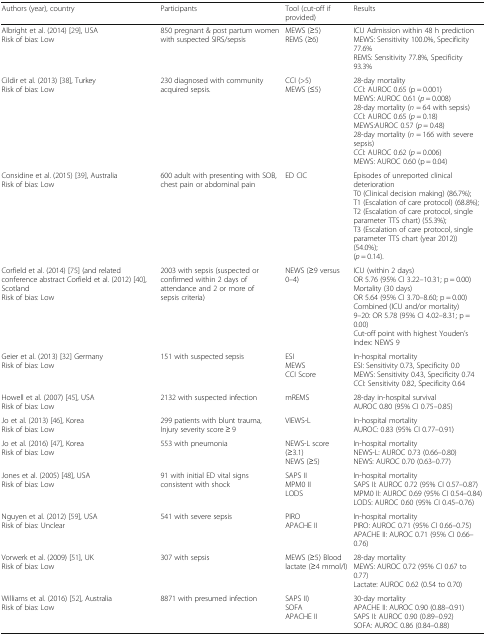
<table><thead><tr><td><b>Authors (year), country</b></td><td><b>Participants</b></td><td><b>Tool (cut-off if provided)</b></td><td><b>Results</b></td></tr></thead><tbody><tr><td>Albright et al. (2014) [29], USARisk of bias: Low</td><td>850 pregnant &amp; post partum women with suspected SIRS/sepsis</td><td>MEWS (≥5)REMS (≥6)</td><td>ICU Admission within 48 h predictionMEWS: Sensitivity 100.0%, Specificity 77.6%REMS: Sensitivity 77.8%, Specificity 93.3%</td></tr><tr><td>Cildir et al. (2013) [38], TurkeyRisk of bias: Low</td><td>230 diagnosed with community acquired sepsis.</td><td>CCI (&gt;5)MEWS (≤5)</td><td>28-day mortalityCCI: AUROC 0.65 (p = 0.001)MEWS: AUROC 0.61 (<i>p</i> = 0.008)28-day mortality (<i>n</i> = 64 with sepsis)CCI: AUROC 0.65 (<i>p</i> = 0.18)MEWS:AUROC 0.57 (<i>p</i> = 0.48)28-day mortality (<i>n</i> = 166 with severe sepsis)CCI: AUROC 0.62 (<i>p</i> = 0.006)MEWS: AUROC 0.60 (p = 0.04)</td></tr><tr><td>Considine et al. (2015) [39], AustraliaRisk of bias: Low</td><td>600 adult with presenting with SOB, chest pain or abdominal pain</td><td>ED CIC</td><td>Episodes of unreported clinical deteriorationT0 (Clinical decision making) (86.7%);T1 (Escalation of care protocol) (68.8%);T2 (Escalation of care protocol, single parameter TTS chart) (55.3%);T3 (Escalation of care protocol, single parameter TTS chart (year 2012)) (54.0%);(<i>p</i> = 0.14).</td></tr><tr><td>Corfield et al. (2014) [75] (and related conference abstract Corfield et al. (2012) [40], ScotlandRisk of bias: Low</td><td>2003 with sepsis (suspected or confirmed within 2 days of attendance and 2 or more of sepsis criteria)</td><td>NEWS (≥9 versus 0–4)</td><td>ICU (within 2 days)OR 5.76 (95% CI 3.22–10.31; p = 0.00)Mortality (30 days)OR 5.64 (95% CI 3.70–8.60; p = 0.00)Combined (ICU and/or mortality)9–20: OR 5.78 (95% CI 4.02–8.31; p = 0.00)Cut-off point with highest Youden’s Index: NEWS 9</td></tr><tr><td>Geier et al. (2013) [32] GermanyRisk of bias: Low</td><td>151 with suspected sepsis</td><td>ESIMEWSCCI Score</td><td>In-hospital mortalityESI: Sensitivity 0.73, Specificity 0.0MEWS: Sensitivity 0.43, Specificity 0.74CCI: Sensitivity 0.82, Specificity 0.64</td></tr><tr><td>Howell et al. (2007) [45], USARisk of bias: Low</td><td>2132 with suspected infection</td><td>mREMS</td><td>28-day in-hospital survivalAUROC 0.80 (95% CI 0.75–0.85)</td></tr><tr><td>Jo et al. (2013) [46], KoreaRisk of bias: Low</td><td>299 patients with blunt trauma, Injury severity score ≥ 9</td><td>VIEWS-L</td><td>In-hospital mortalityAUROC: 0.83 (95% CI 0.77–0.91)</td></tr><tr><td>Jo et al. (2016) [47], KoreaRisk of bias: Low</td><td>553 with pneumonia</td><td>NEWS-L score (≥3.1)NEWS (≥5)</td><td>In-hospital mortalityNEWS-L: AUROC 0.73 (0.66–0.80)NEWS: AUROC 0.70 (0.63–0.77)</td></tr><tr><td>Jones et al. (2005) [48], USARisk of bias: Low</td><td>91 with initial ED vital signs consistent with shock</td><td>SAPS IIMPM0 IILODS</td><td>In-hospital mortalitySAPS II: AUROC 0.72 (95% CI 0.57–0.87)MPM0 II: AUROC 0.69 (95% CI 0.54–0.84)LODS: AUROC 0.60 (95% CI 0.45–0.76)</td></tr><tr><td>Nguyen et al. (2012) [59], USARisk of bias: Unclear</td><td>541 with severe sepsis</td><td>PIROAPACHE II</td><td>In-hospital mortalityPIRO: AUROC 0.71 (95% CI 0.66–0.75)APACHE II: AUROC 0.71 (95% CI 0.66–0.76)</td></tr><tr><td>Vorwerk et al. (2009) [51], UKRisk of bias: Low</td><td>307 with sepsis</td><td>MEWS (≥5) Blood lactate (≥4 mmol/l)</td><td>28-day mortalityMEWS: AUROC 0.72 (95% CI 0.67 to 0.77)Lactate: AUROC 0.62 (0.54 to 0.70)</td></tr><tr><td>Williams et al. (2016) [52], AustraliaRisk of bias: Low</td><td>8871 with presumed infection</td><td>SAPS II)SOFAAPACHE II</td><td>30-day mortalityAPACHE II: AUROC 0.90 (0.88–0.91)SAPS II: AUROC 0.90 (0.89–0.92)SOFA: AUROC 0.86 (0.84–0.88)</td></tr></tbody></table>